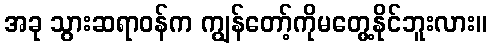
အခု သွားဆရာဝန်က ကျွန်တော့်ကိုမတွေ့နိုင်ဘူးလား။